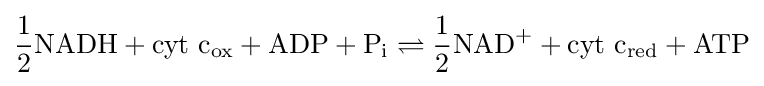
{\frac {1}{2}}{\mathrm {NADH} }+{\mathrm {cyt} }\ {\mathrm {c} {\vphantom {A}}_{\smash[{t}]{\mathrm {ox} }}}+{\mathrm {ADP} }+{\mathrm {P} {\vphantom {A}}_{\smash[{t}]{\mathrm {i} }}}\rightleftharpoons {\frac {1}{2}}{\mathrm {NAD} {\vphantom {A}}^{+}}+{\mathrm {cyt} }\ {\mathrm {c} {\vphantom {A}}_{\smash[{t}]{\mathrm {red} }}}+{\mathrm {ATP} }